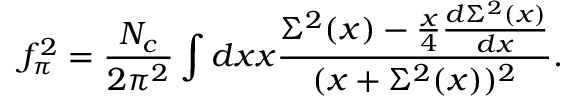
f _ { \pi } ^ { 2 } = \frac { N _ { c } } { 2 \pi ^ { 2 } } \int d x x \frac { \Sigma ^ { 2 } ( x ) - \frac { x } { 4 } \frac { d \Sigma ^ { 2 } ( x ) } { d x } } { ( x + \Sigma ^ { 2 } ( x ) ) ^ { 2 } } .